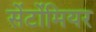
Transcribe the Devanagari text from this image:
सेंटोंमियर